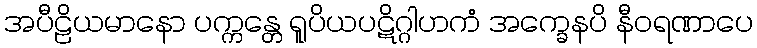
အပီဠိယမာနော ပက္ကန္တေ ရူပိယပဋိဂ္ဂါဟကံ အက္ခေနပိ နီဝရဏာပေ